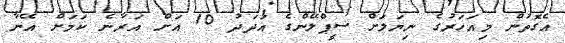
އެގޮތުން މިއަހަރުގެ ނިޔަލަށް ސީޕްލޭންގެ އަދަދު 10 އަށް އަރާނެ ކަމަށް އޭނާ